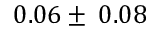
0 . 0 6 \pm \: 0 . 0 8